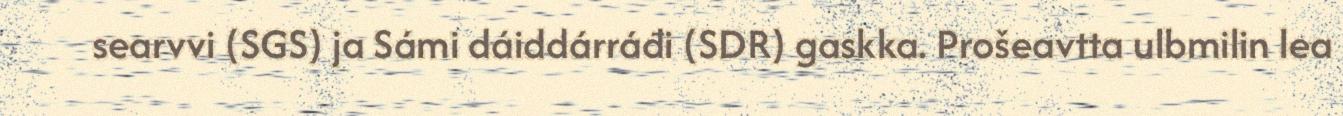
searvvi (SGS) ja Sámi dáiddárráđi (SDR) gaskka. Prošeavtta ulbmilin lea